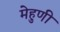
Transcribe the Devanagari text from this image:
मेहुणी